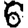
Digit: 6